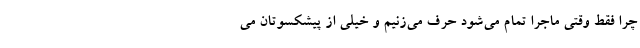
چرا فقط وقتی ماجرا تمام می‌شود حرف می‌زنیم و خیلی از پیشکسوتان می